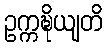
ဥက္ကဍ္ဎိယျတိ